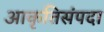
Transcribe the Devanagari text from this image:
आकृतिसंपदा